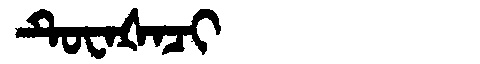
Manchu: ᡨᡠᠸᠠᡧᠠᠴᡳ
Romanization: TUWAŠACI